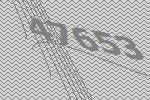
47653